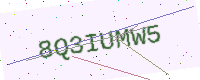
Text: 8Q3IUMW5